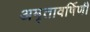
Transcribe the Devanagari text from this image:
अमृतावर्षिणी